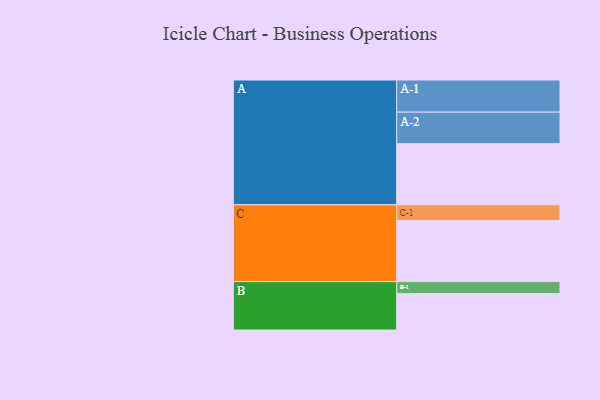
{"axis": {"x": "Segment", "y": "Value"}, "legend": ["", "A", "B", "C"], "data": [{"x": "A", "y": 536, "type": ""}, {"x": "B", "y": 320, "type": ""}, {"x": "C", "y": 536, "type": ""}, {"x": "A-1", "y": 282, "type": "A"}, {"x": "A-2", "y": 277, "type": "A"}, {"x": "B-1", "y": 105, "type": "B"}, {"x": "C-1", "y": 138, "type": "C"}]}